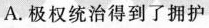
A.极权统治得到了拥护